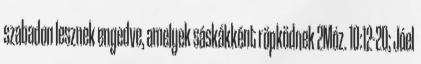
szabadon lesznek engedve, amelyek sáskákként röpködnek 2Móz. 10:12-20; Jóel